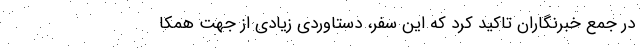
در جمع خبرنگاران تاکید کرد که این سفر، دستاوردی زیادی از جهت همکا